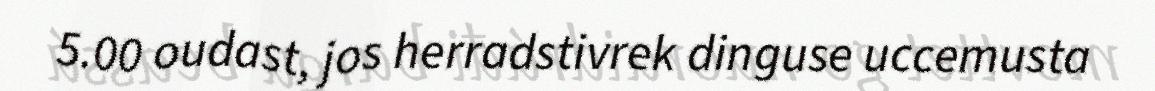
5.00 oudast, jos herradstivrek dinguse uccemusta